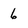
Character: 6